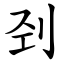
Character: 刭